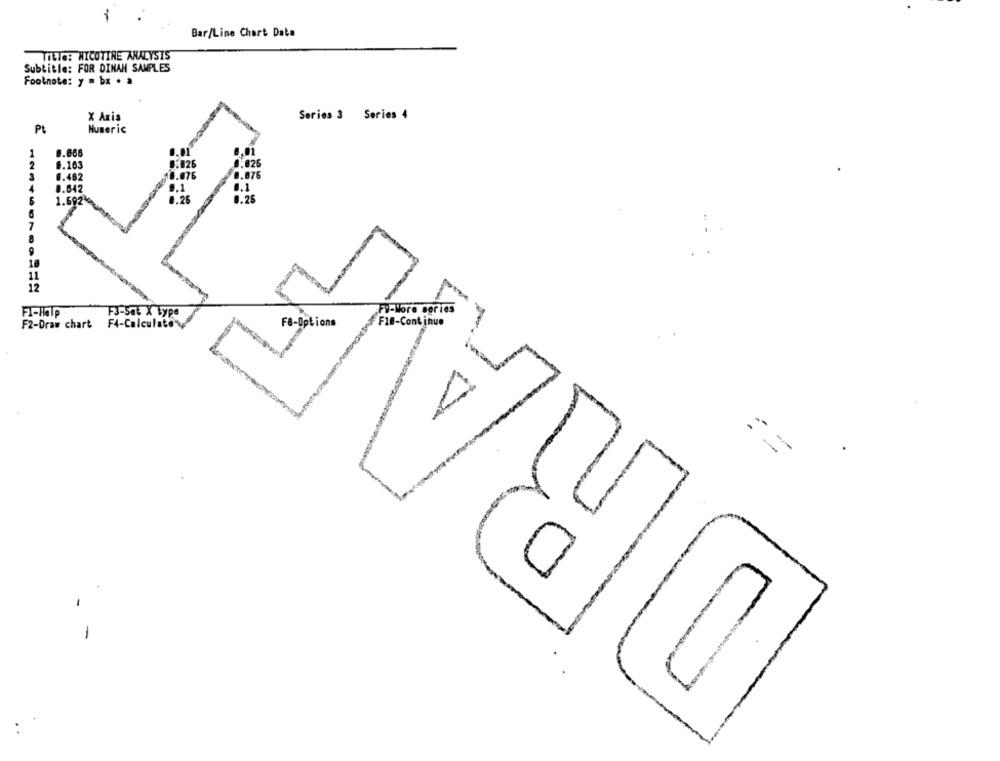
1
Bar/Line Chart Data
Title: NICOTINE ANALYSIS
Subtitle: FOR DINAH SAMPLES
Footnote: y . bx . a
Series 3 Series 4
X Axis
Pt
Numeric
1
8.666
2
#.163
0.482
0.642
1.25
5
1.692
8.26
7
DRA
10
11
12
F3-Sat X type
FI-Halp
F2-Draw chart
F4-Calculate
FB-Options
-
-